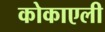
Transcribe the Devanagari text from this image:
कोकाएली